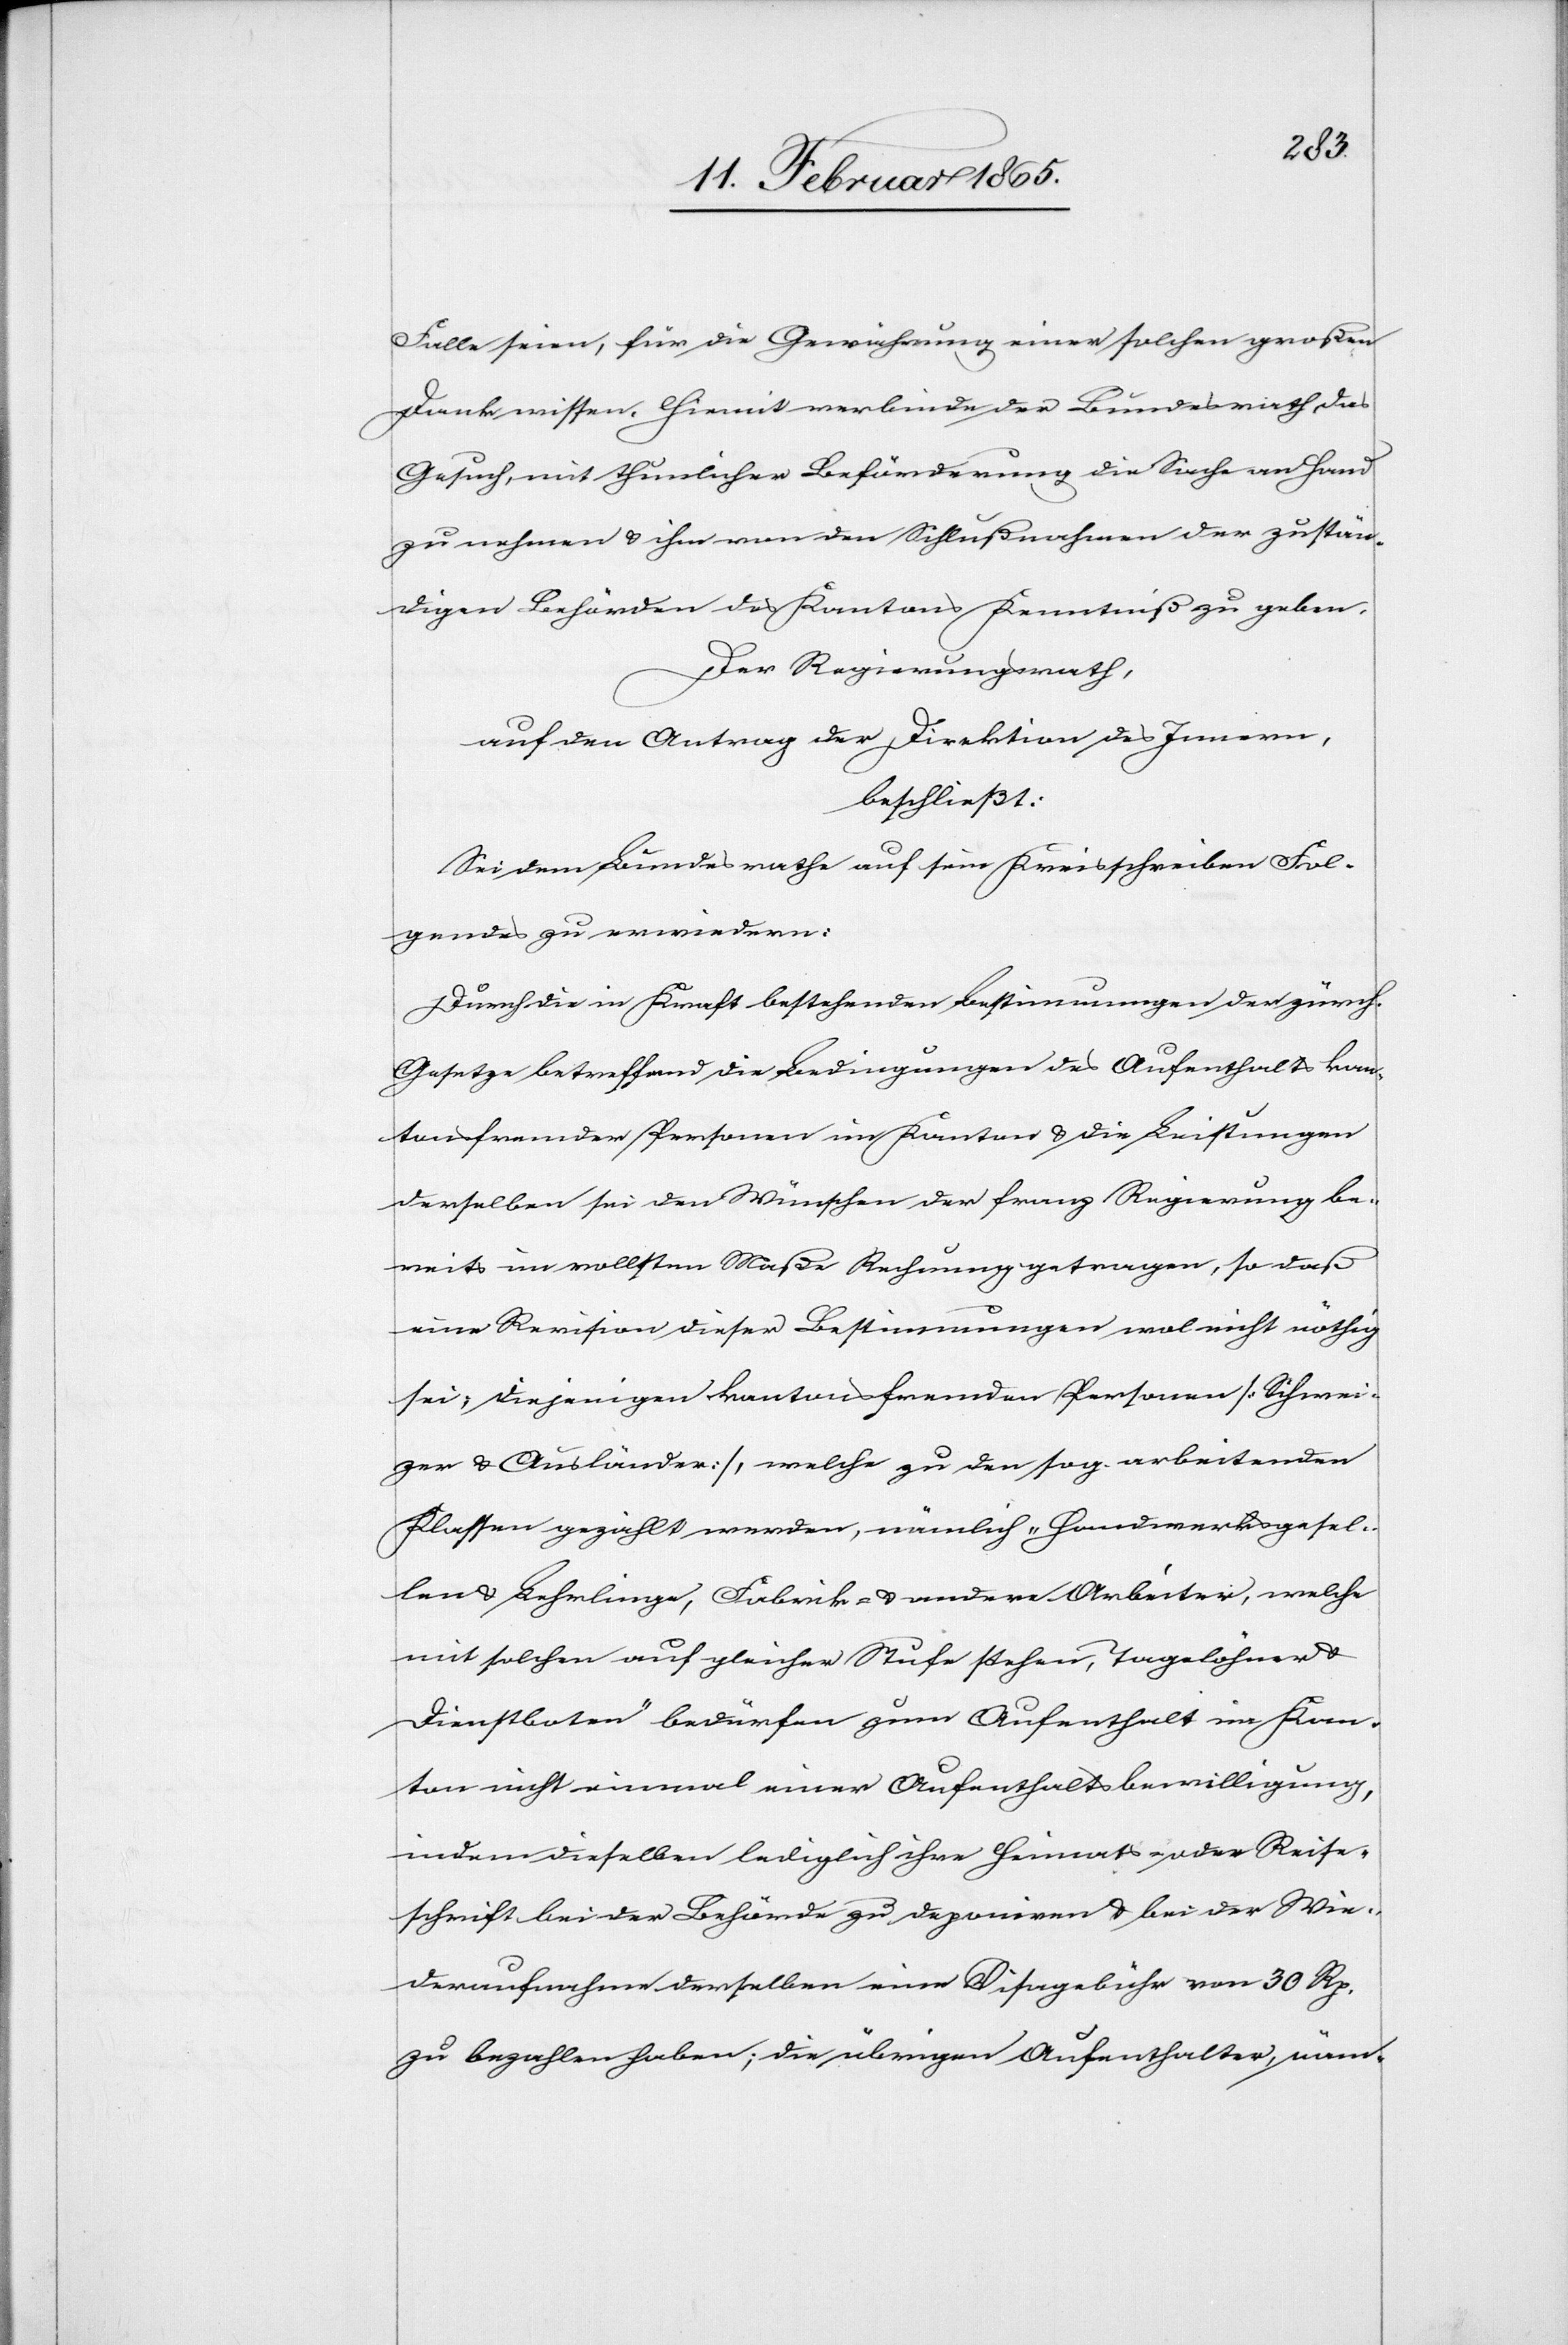
Falle seien, für die Gewährung einer solchen großen
Dank wissen. Hiemit verbinde der Bundesrath das
Gesuch, mit thunlicher Beförderung die Sache an Hand
zu nehmen u. ihm von den Schlußnahmen der zustän¬
digen Behörden des Kantons Kenntniß zu geben.
Der Regierungsrath,
auf den Antrag der Direktion des Innern,
beschließt:
Sei dem Bundesrathe auf sein Kreisschreiben Fol¬
gendes zu erwiedern:
Durch die in Kraft bestehenden Bestimmungen der zürch.
Gesetze betreffend die Bedingungen des Aufenthalts kan¬
tonsfremder Personen im Kanton u. die Leistungen
derselben sei den Wünschen der franz. Regierung be¬
reis im vollsten Maße Rechnung getragen, so daß
eine Revision dieser Bestimmungen wol nicht nöthig
sei; diejenigen kantonsfremden Personen [Schwei¬
zer u. Ausländer], welche zu den sog. arbeitenden
Klassen gezählt werden, nämlich „Handwerksgesel¬
len u. Lehrlinge, Fabrik- u. andere Arbeiter, welche
mit solchen auf gleicher Stufe stehen, Tagelöhner u.
Dienstboten“ bedürfen zum Aufenthalt im Kan¬
ton nicht einmal einer Aufenthaltsbewilligung,
indem dieselben lediglich ihre Heimats- oder Reise¬
schrift bei der Behörde zu deponiren u. bei der Wie¬
deraufnahme derselben eine Visagebühr von 30 Rp.
zu bezahlen haben; die übrigen Aufenthalter, näm-